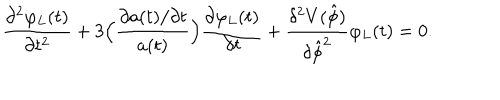
\frac { \partial ^ { 2 } \varphi _ { L } ( t ) } { \partial t ^ { 2 } } + 3 \Bigl ( \frac { \partial a ( t ) / \partial t } { a ( t ) } \Bigr ) \frac { \partial \varphi _ { L } ( t ) } { \partial t } + \frac { \delta ^ { 2 } V ( \hat { \phi } ) } { \delta \hat { \phi } ^ { 2 } } \varphi _ { L } ( t ) = 0 .